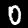
Digit: 0